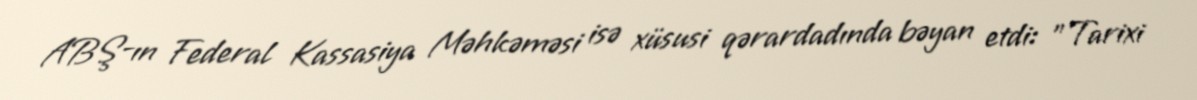
ABŞ-ın Federal Kassasiya Məhkəməsi isə xüsusi qərardadında bəyan etdi: "Tarixi